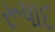
રૂષાદ